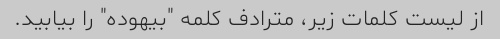
از لیست کلمات زیر، مترادف کلمه "بیهوده" را بیابید.